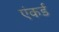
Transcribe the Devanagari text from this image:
एंकर्ड